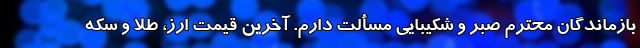
بازماندگان محترم صبر و شکیبایی مسألت دارم. آخرین قیمت ارز، طلا و سکه